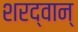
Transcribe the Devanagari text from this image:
शरद्वान्‌